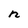
Character: n